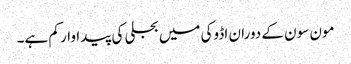
مون سون کے دوران اڈوکی میں بجلی کی پیداوار کم ہے۔